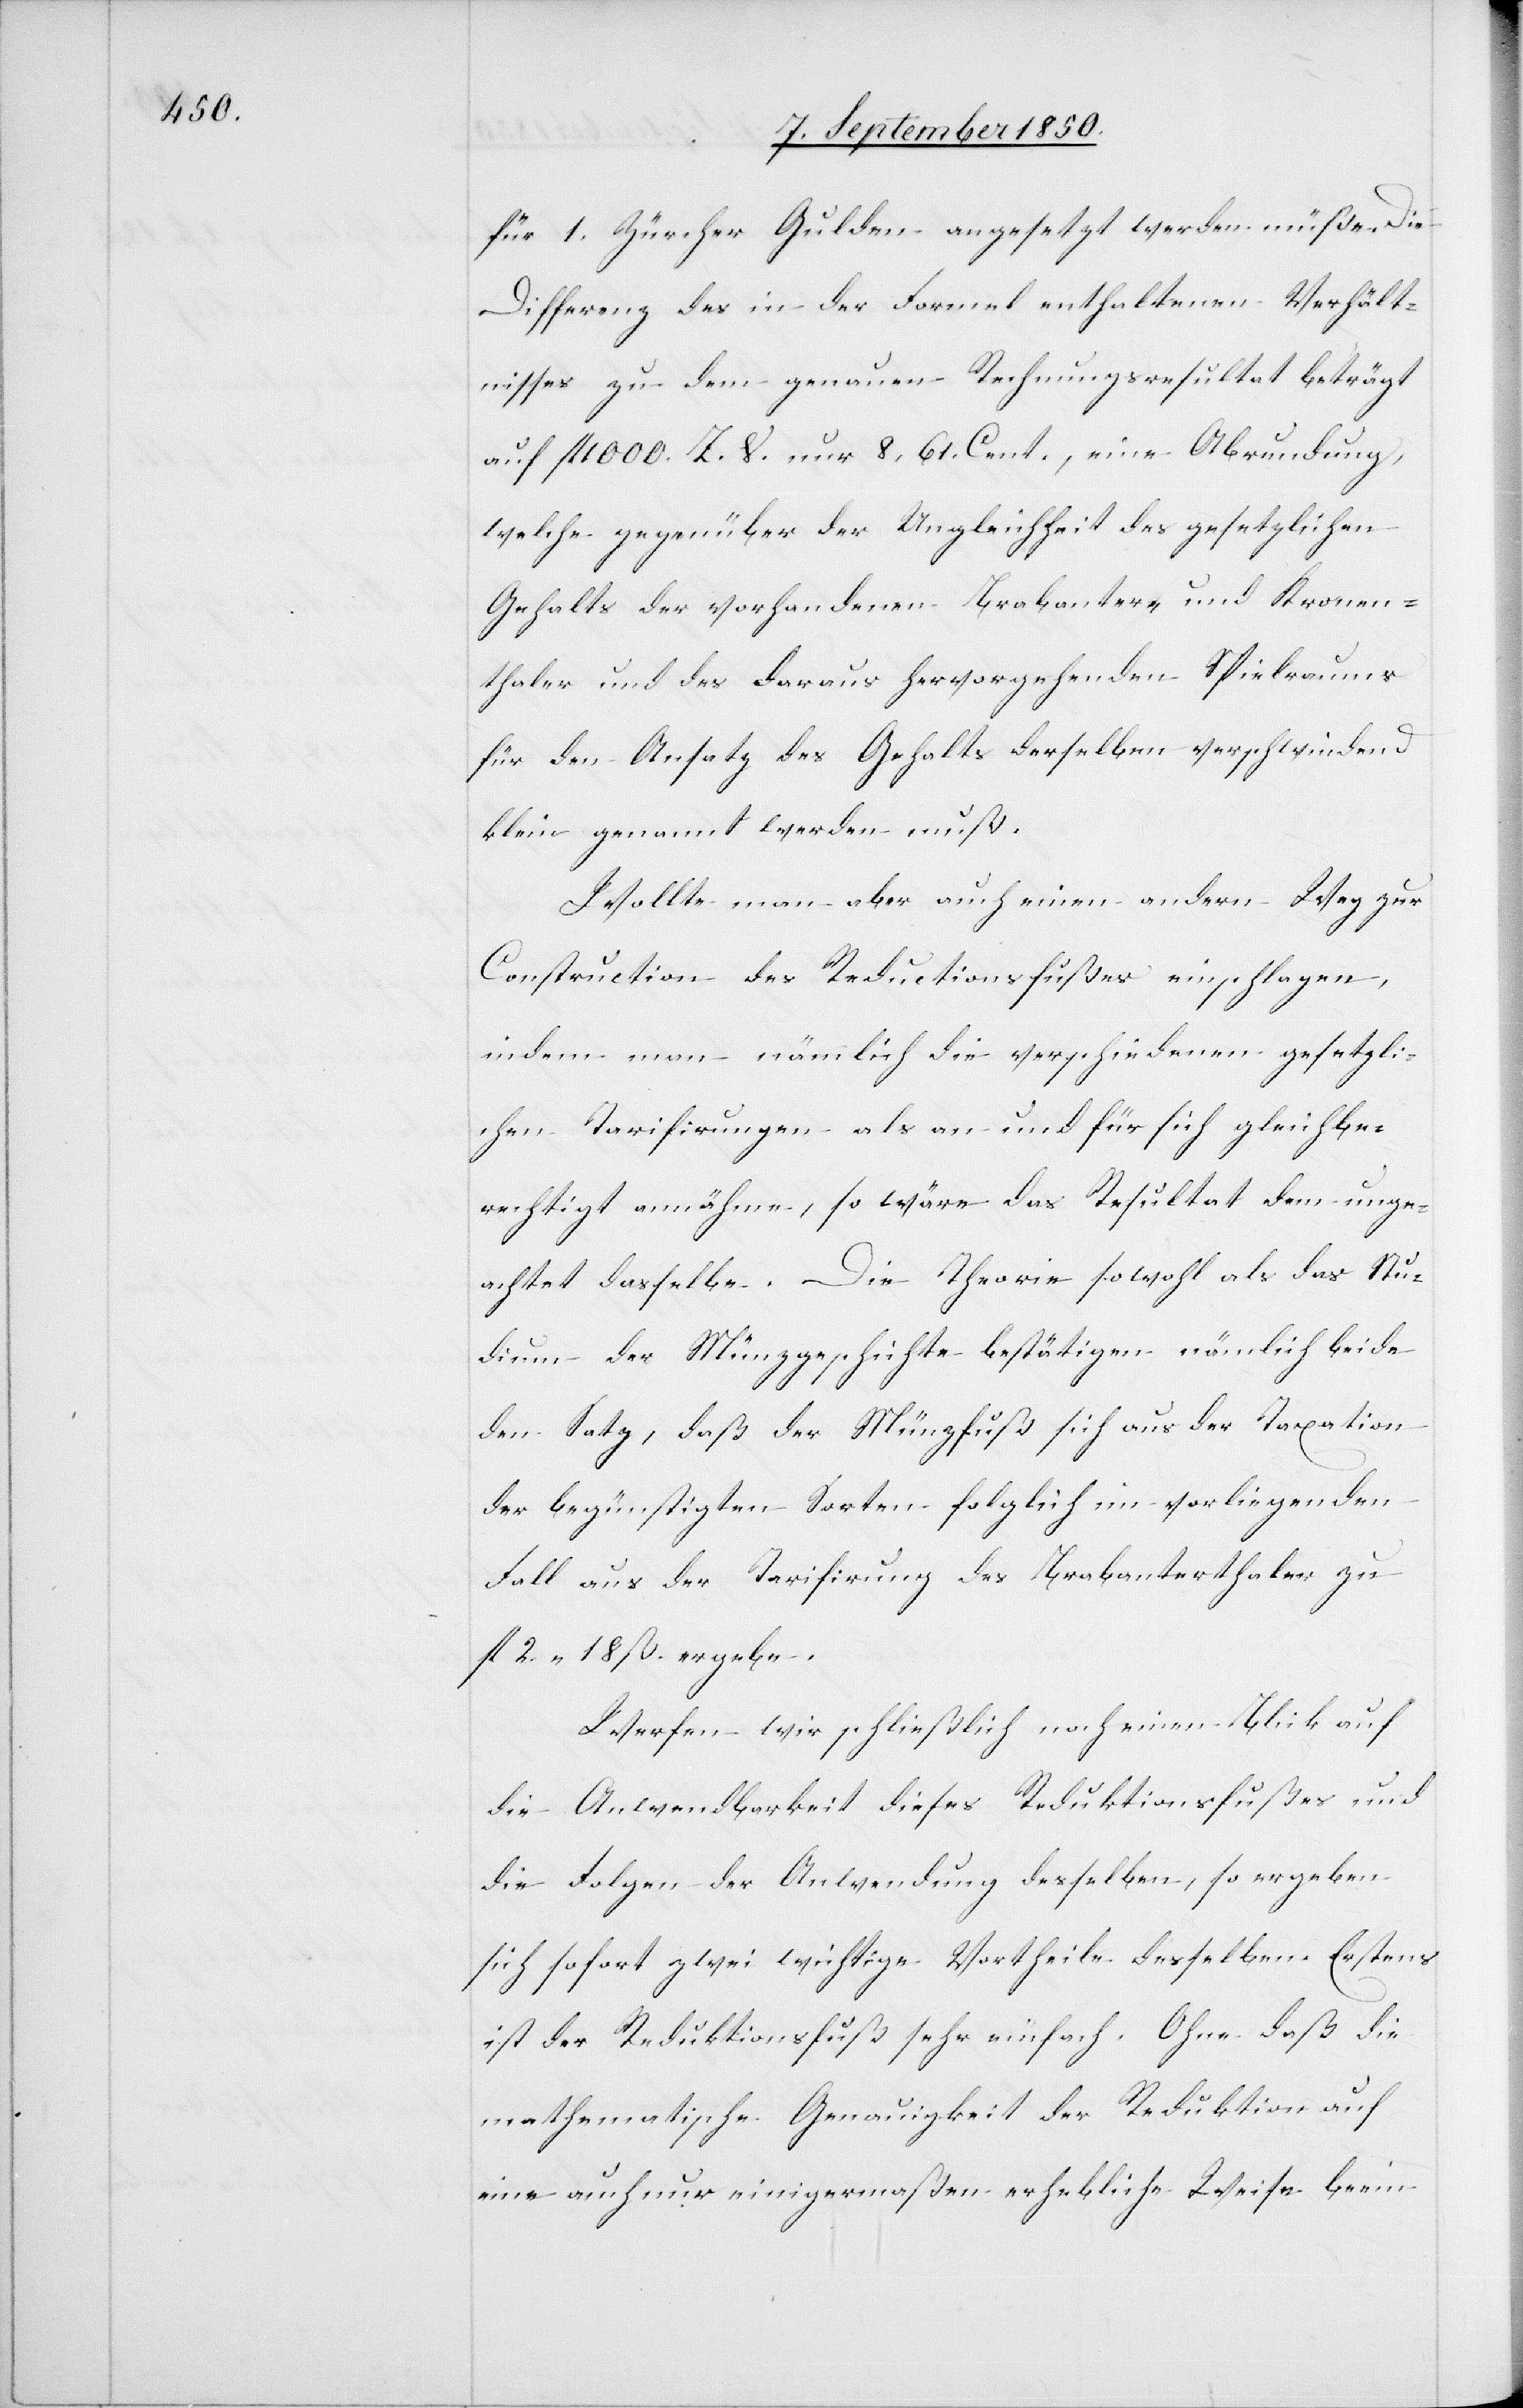
für 1. Zürcher Gulden angesetzt werden müße. Die
Differenz des in der Formel enthaltenen Verhält¬
nisses zu dem genauen Rechnungsresultat beträgt
auf fl 1000. Z. V. nur 8,61. Cent., eine Abrundung,
welche gegenüber der Ungleichheit des gesetzlichen
Gehalts der vorhandenen Brabanter- und Kronen¬
thaler und des daraus hervorgehenden Spielraums
für den Ansatz des Gehalts derselben verschwindend
klein genannt werden muß.
Wollte man aber auch einen andern Weg zur
Construction des Reductionsfußes einschlagen,
indem man nämlich die verschiedenen gesetzli¬
chen Tarifirungen als an und für sich gleichbe¬
rechtigt annähme, so wäre das Resultat dem unge¬
achtet dasselbe. Die Theorie sowohl als das Stu¬
dium der Münzgeschichte bestätigen nämlich beide
den Satz, daß der Münzfuß sich aus der Taxation
der begünstigten Sorten folglich im vorliegenden
Fall aus der Tarifirung des Brabanterthaler zu
fl 2 18 ß. ergebe.
Werfen wir schließlich noch einen Blick auf
die Anwendbarkeit dieses Reduktionsfußes und
die Folgen der Anwendung desselben, so ergeben
sich sofort zwei wichtige Vortheile desselben. Erstens
ist der Reduktionsfuß sehr einfach. Ohne daß die
mathematische Genauigkeit der Reduktion auf
eine auch nur einigermaßen erhebliche Weise beein-